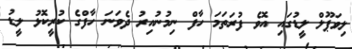
ލިވަޕޫލް ލީޑުގައި އޮވެ ފުރަތަމަ ހާފް ނިމުނުއިރު ދެވަަނަ ހާފްގެ ކުރީކޮޅު ލީޑު